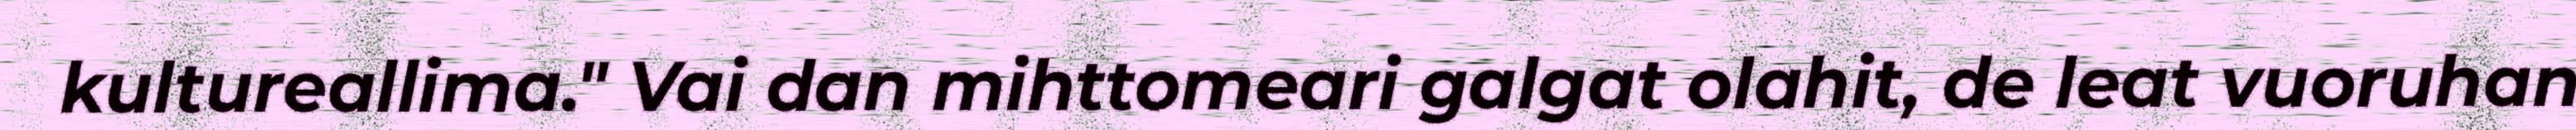
kultureallima." Vai dan mihttomeari galgat olahit, de leat vuoruhan